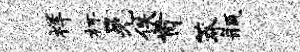
祥杯晃佚肯莽瓶